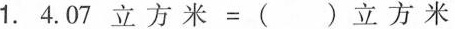
1.$$4.07立方米 = ()立方米$$